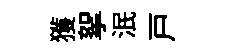
獲挐泯戸